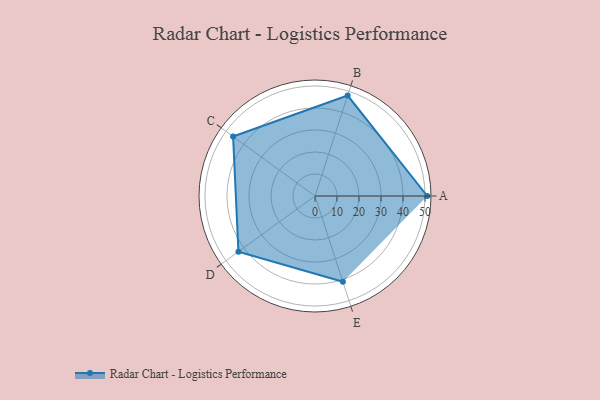
{"axis": {"x": "Skill", "y": "Score"}, "legend": ["Profile"], "data": [{"x": "A", "y": 51.0, "type": "Profile"}, {"x": "B", "y": 48.0, "type": "Profile"}, {"x": "C", "y": 46.0, "type": "Profile"}, {"x": "D", "y": 43.0, "type": "Profile"}, {"x": "E", "y": 41.0, "type": "Profile"}]}